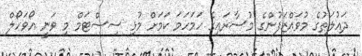
ދައުލަތުގެ މުވައްޒަފުންގެ މުސާރައިގެ ހަމަހަމަ ކަމަށް މުޅި ސިސްޓަމް މި ވަނީ އޯވަހޯލް